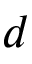
d